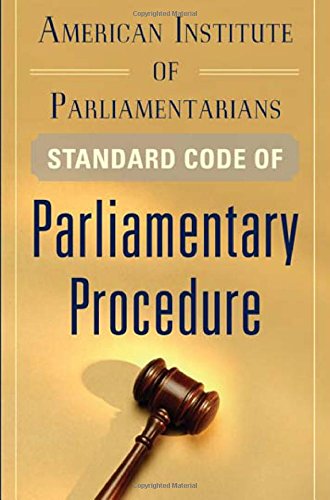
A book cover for American Institute of Parliamentarians Standard Code of Parliamentary Procedure; American Institute of Parliamentarians; Business & Money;